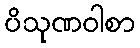
ပိသုဏဝါစာ